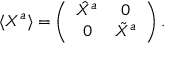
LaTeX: \langle X ^ { a } \rangle = \left( \begin{array} { c c } { { \hat { X } ^ { a } } } & { { 0 } } \\ { { 0 } } & { { \tilde { X } ^ { a } } } \end{array} \right) .